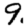
Digit: 9